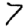
Digit: 7